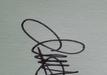
Signature authenticity: genuine